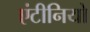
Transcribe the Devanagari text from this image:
एंटीनियो